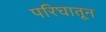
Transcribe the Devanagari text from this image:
परिघातून